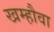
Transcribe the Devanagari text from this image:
खम्हौवा